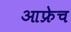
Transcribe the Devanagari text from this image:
आफ्रेच